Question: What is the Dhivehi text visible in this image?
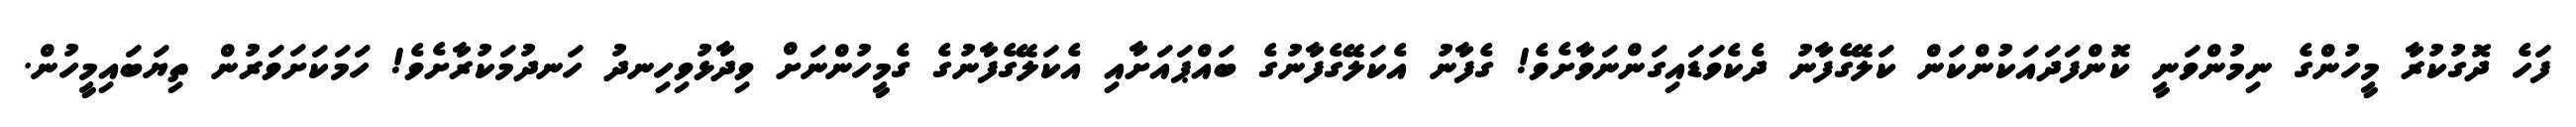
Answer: ފަހެ ދޮގުކުރާ މީހުންގެ ނިމުންވަނީ ކޮންފަދައަކުންކަން ކަލޭގެފާނު ދެކެވަޑައިގަންނަވާށެވެ! ގެފާނު އެކަލޭގެފާނުގެ ބައްޕައަށާއި އެކަލޭގެފާނުގެ ގެމީހުންނަށް ވިދާޅުވިހިނދު ހަނދުމަކުރާށެވެ! ހަމަކަށަވަރުން ތިޔަބައިމީހުން.